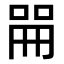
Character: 𫪡